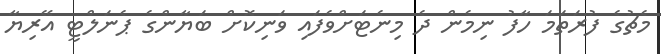
މެޗުގެ ފުރަތަމަ ހާފު ނިމެން ދެ މިނެޓަށްވެފައި ވަނިކޮށް ބަޔާންގެ ޕެނަލްޓީ އޭރިޔާ